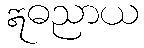
ဣဓညာယ